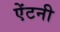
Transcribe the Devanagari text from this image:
ऐंटनी